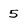
Character: 5